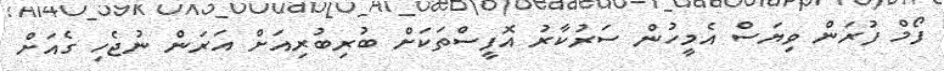
ފޯމް ފުރަން ވިޔަސް އެމީހުން ސަރުކާރު އޮފީސްތަކަށް ބުރިބުރިއަށް އަރަން ނުޖެހި ގެއަށް